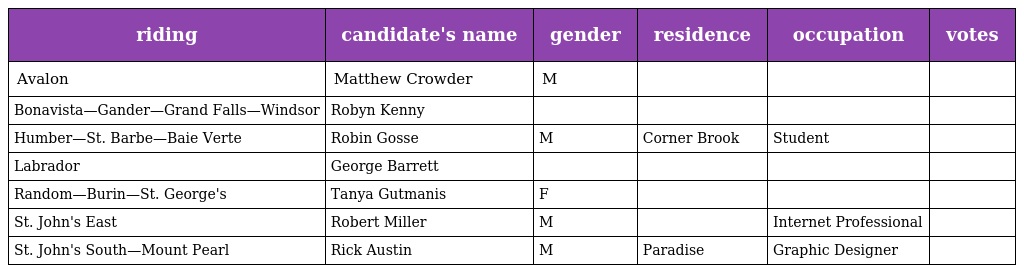
| riding | candidate's name | gender | residence | occupation | votes |
 | --- | --- | --- | --- | --- | --- |
 | Avalon | Matthew Crowder | M |  |  |  |
 | Bonavista—Gander—Grand Falls—Windsor | Robyn Kenny |  |  |  |  |
 | Humber—St. Barbe—Baie Verte | Robin Gosse | M | Corner Brook | Student |  |
 | Labrador | George Barrett |  |  |  |  |
 | Random—Burin—St. George's | Tanya Gutmanis | F |  |  |  |
 | St. John's East | Robert Miller | M |  | Internet Professional |  |
 | St. John's South—Mount Pearl | Rick Austin | M | Paradise | Graphic Designer |  |